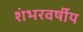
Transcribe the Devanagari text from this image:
शंभरवर्षीय